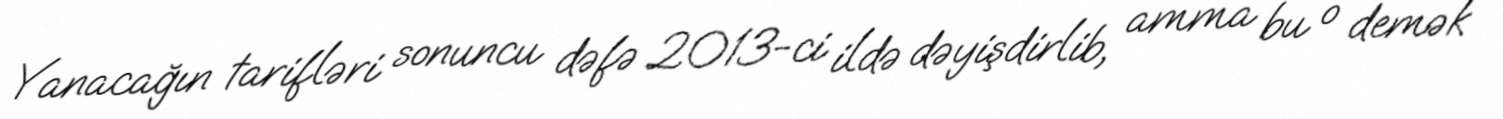
Yanacağın tarifləri sonuncu dəfə 2013-ci ildə dəyişdirlib, amma bu o demək